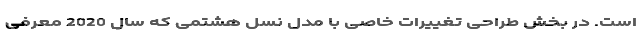
است. در بخش طراحی تغییرات خاصی با مدل نسل هشتمی که سال 2020 معرفی